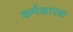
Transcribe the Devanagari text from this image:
कर्मकारक